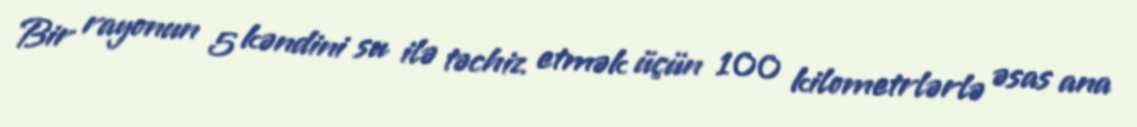
Bir rayonun 5 kəndini su ilə təchiz etmək üçün 100 kilometrlərlə əsas ana